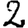
Digit: 2